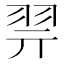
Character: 𰭞